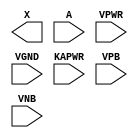
module sky130_fd_sc_lp__dlybuf4s18kapwr (
    X    ,
    A    ,
    VPWR ,
    VGND ,
    KAPWR,
    VPB  ,
    VNB
);

    output X    ;
    input  A    ;
    input  VPWR ;
    input  VGND ;
    input  KAPWR;
    input  VPB  ;
    input  VNB  ;
endmodule